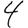
Digit: 4